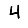
Digit: 4